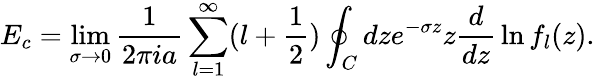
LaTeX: E_{c}=\operatorname*{lim}_{\sigma\to 0}{\frac{1}{2\pi ia}}\sum_{l=1}^{\infty}(l+{\frac{1}{2}})\oint_{C}dze^{-\sigma z}z{\frac{d}{dz}}\ln f_{l}(z).